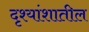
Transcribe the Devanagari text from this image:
दृश्यांशातील